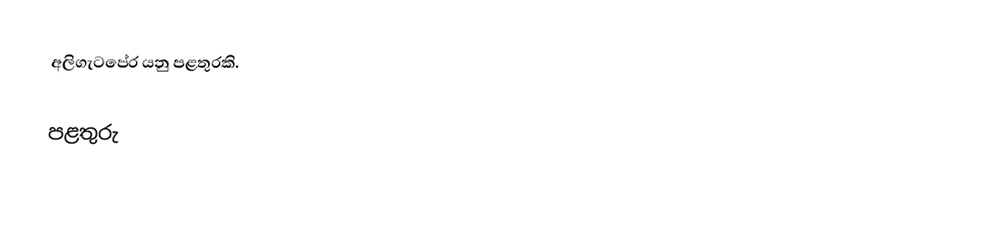
අලිගැටපේර යනු පළතුරකි.

පළතුරු